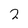
Character: 2